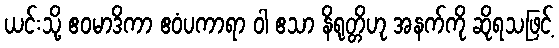
ယင်းသို့ ဧဝမာဒိကာ ဧဝံပကာရာ ဝါ ဧသာ နိရုတ္တိဟု အနက်ကို ဆိုရသဖြင့်